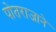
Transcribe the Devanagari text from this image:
पोतराजाने